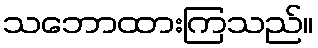
သဘောထားကြသည်။